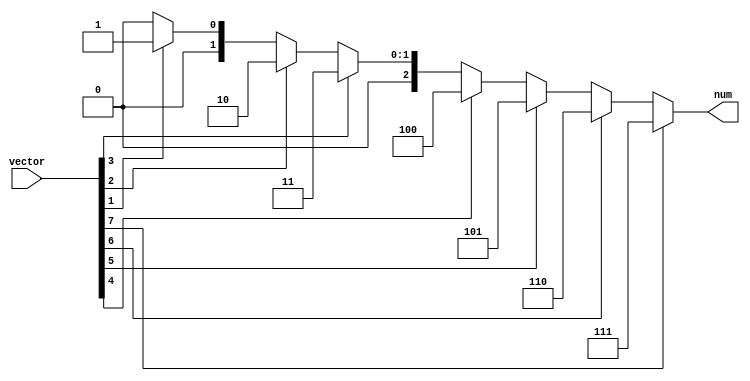
module priority_encoder(
        input  wire [7:0] vector,
        output wire [2:0] num
);

assign num =    (vector[7]) ? 3'd7 :
                (vector[6]) ? 3'd6 :
                (vector[5]) ? 3'd5 :
                (vector[4]) ? 3'd4 :
                (vector[3]) ? 3'd3 :
                (vector[2]) ? 3'd2 :
                (vector[1]) ? 3'd1 :
                (vector[0]) ? 3'd0 : 3'd0;


endmodule